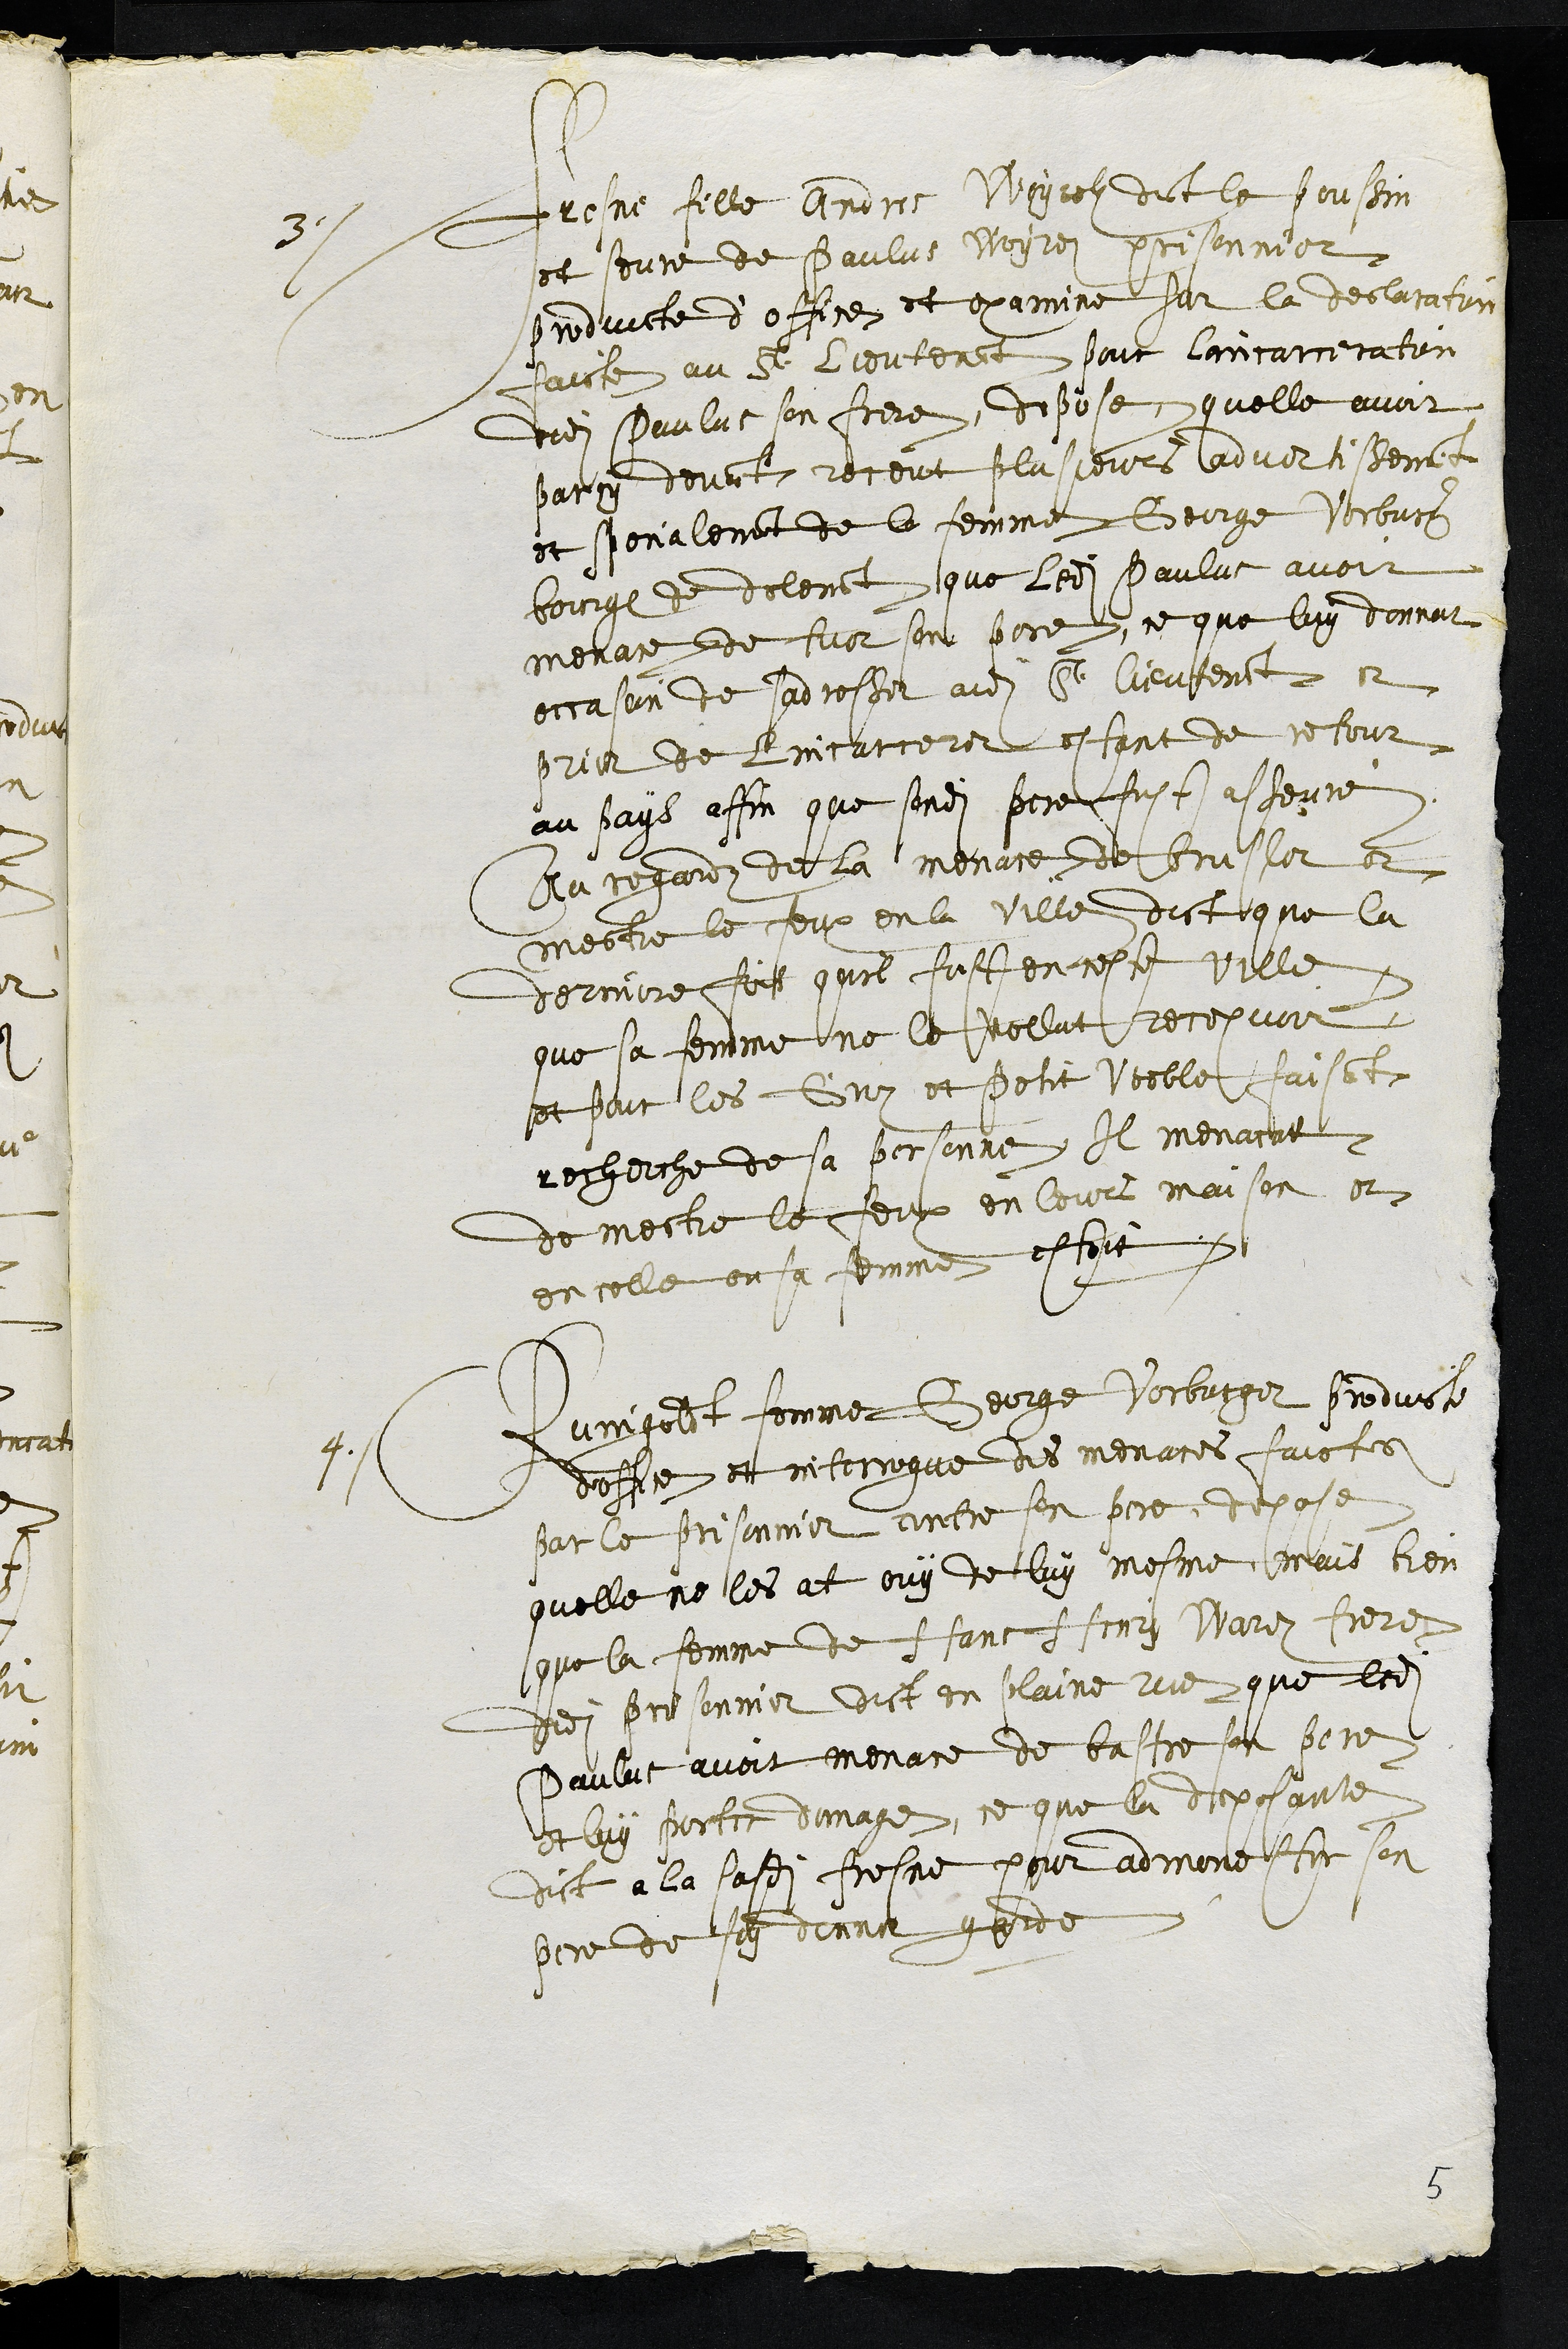
3.
Fresne fille Andres Woyrolz dict le poussin
et seure de Paulus Woyrez prisonnier
produicte d’office et examine sur la declaration
faicte au Sr Lieutenant pour lincarceration
dudit Paulus son frere, depose quelle avoit
parcy devant receut plusieurs advertistement
et specialement de la femme George Vorburger
bourgeois de delemont que ledit Paulus avoit
menace de tuer son pere, ce que luy donnat
occasion de sadresser audit Sr lieutenant et
prier de lincarcerer estant de retour
au pays affin que sondit pere fust asseuré
Au regard de la menace de brusler et
mettre le feux en la ville dict que la
derniere foit quil fust en ceste ville
que sa femme ne le vollut recepvoir
et pour les Groz et petit Voeble faisant
recherche de sa personne Il menacat
de mectre le feux en leurs maison et
en celle ou sa femme estoit.
4.
Runigoldt femme George Vorburger produict
doffice et interrogue des menaces faictes
par le prisonnier contre sen pere, depose
quelle ne les at ouy de luy mesme mais bien
que la femme de Hans Henry Ware frere
dudit prisonnier dict en plaine rue que ledit
Paulus avoit menace de bastre son pere
et luy porter domage, ce que la deposante
dict a la sasdite fresne pour admonester son
pere de soy donner garde
5